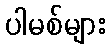
ပါမစ်များ